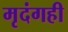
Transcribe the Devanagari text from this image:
मृदंगही